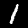
Label: 1